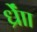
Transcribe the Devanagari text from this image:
र्ध्रााेंं